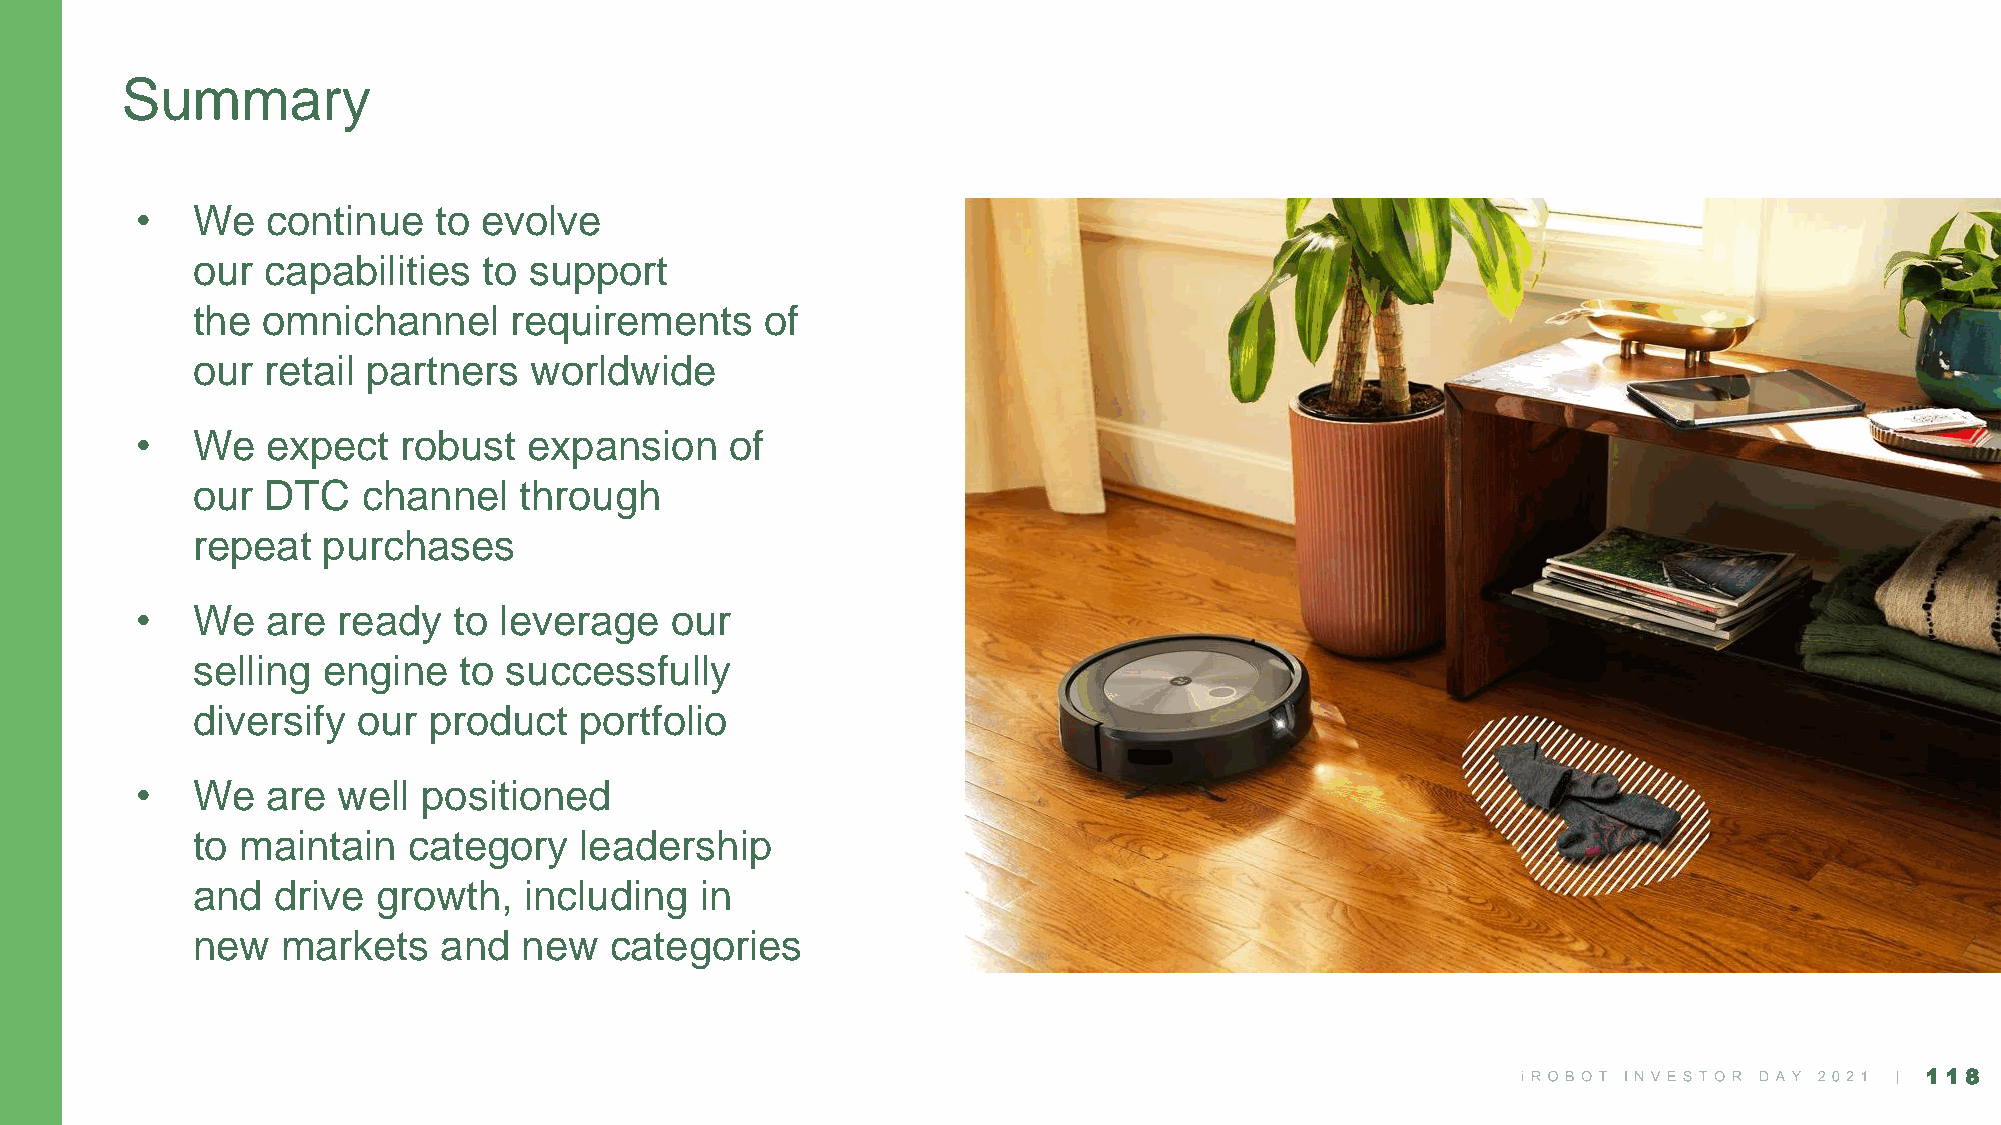
Summary
 •   We   continue   to evolve
 our capabilities   to support
 the omnichannel      requirements     of
 our retail partners   worldwide
 •   We   expect  robust   expansion    of
 our DTC    channel   through
 repeat  purchases
 •   We   are ready   to leverage   our
 selling engine   to successfully
 diversify  our product   portfolio
 •   We   are well  positioned
 to maintain   category   leadership
 and  drive  growth,   including  in
 new   markets   and   new  categories
 118